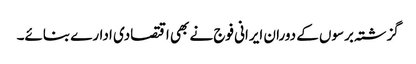
گزشتہ برسوں کے دوران ایرانی فوج نے بھی اقتصادی ادارے بنائے۔